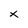
Character: X